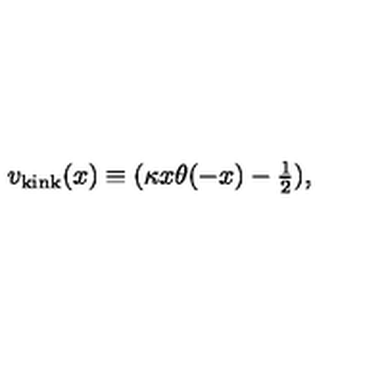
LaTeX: v _ { \mathrm { k i n k } } ( x ) \equiv ( \kappa x \theta ( - x ) - { \textstyle { \frac { 1 } { 2 } } } ) ,